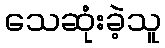
သေဆုံးခဲ့သူ